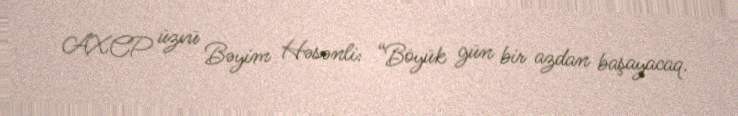
AXCP üzvü Bəyim Həsənli: “Böyük gün bir azdan başayacaq.